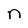
Character: n